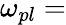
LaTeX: \omega_{pl}=